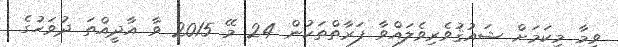
ވީމާ މިކަމަށް ޝައުޤުވެރިވެލައްވާ ފަރާތްތަކުން 24 މޭ 2015 ވާ އާދީއްތަ ދުވަހުގެ